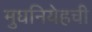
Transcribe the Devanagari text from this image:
मुघनियेहची